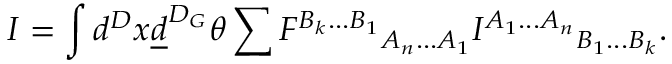
I = \int d ^ { D } x \underline { { { d } } } ^ { D _ { G } } \theta \sum { F ^ { B _ { k } . . . B _ { 1 } } } _ { A _ { n } . . . A _ { 1 } } { I ^ { A _ { 1 } . . . A _ { n } } } _ { B _ { 1 } . . . B _ { k } } .